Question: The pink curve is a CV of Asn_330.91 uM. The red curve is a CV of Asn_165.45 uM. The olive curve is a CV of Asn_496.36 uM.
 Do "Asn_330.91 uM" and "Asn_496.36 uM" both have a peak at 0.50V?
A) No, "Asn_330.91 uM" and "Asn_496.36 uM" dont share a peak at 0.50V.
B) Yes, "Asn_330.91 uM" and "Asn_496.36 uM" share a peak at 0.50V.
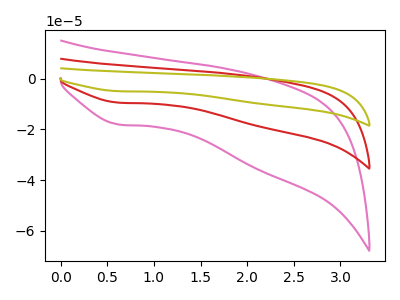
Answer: <think>The pink curve "Asn_330.91 uM" has a cathodic peak at: (0.60V, -18.10uA). The red curve "Asn_165.45 uM" has a cathodic peak at: (0.60V, -9.45uA). The olive curve "Asn_496.36 uM" has a cathodic peak at: (0.60V, -18.90uA).</think>
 <answer>A) No, "Asn_330.91 uM" and "Asn_496.36 uM" dont share a peak at 0.50V.</answer>
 <eval>A</eval>